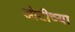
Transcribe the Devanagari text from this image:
ओटीच्या